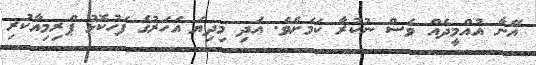
އޭނާ އުއްމީދެއް ވެސް ނުކުރާ ކަމަށެވެ. އަދި މިދިޔަ އަހަރުގެ ފަހުކޮޅު ޕްރިމިއާކުރި